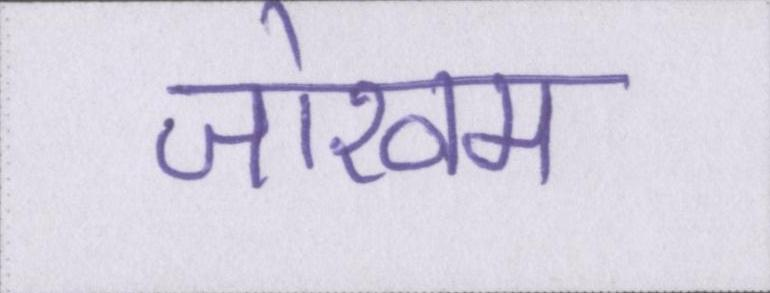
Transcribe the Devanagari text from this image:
जोखम